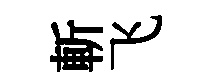
斬飞